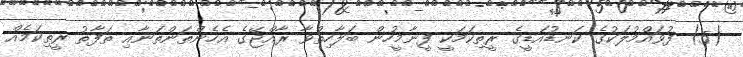
(5) ފުވައްމުލަކުގެ ކަނޑުއަޑީގެ ރީތިކަމަކީ ފީނާމީހުން ބަލާހިތްވާ ރާއްޖޭގެ އެހެންތަންތަނާއި ތަފާތު ރީތިކަމެއް